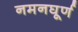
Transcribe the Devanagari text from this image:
नमनघूर्ण